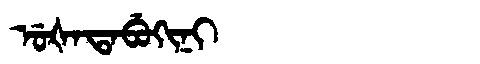
Manchu: ᡠᡧᠠᡨᠠᠪᡠᡴᡳᠨᡳ
Romanization: UŠATABUKINI